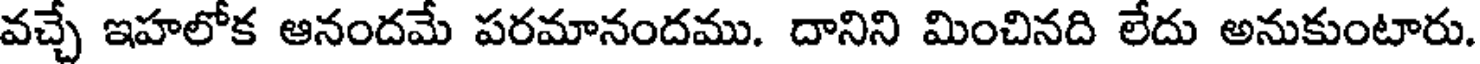
వచ్చే ఇహలోక ఆనందమే పరమానందము. దానిని మించినది లేదు అనుకుంటారు.